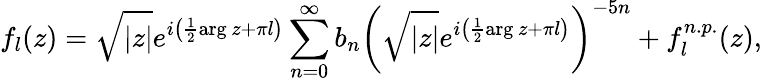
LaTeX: f_{l}(z)=\sqrt{|z|}e^{i\left({\frac{1}{2}}\mathrm{arg}\, z+\pi l\right)}\sum_{n=0}^{\infty}b_{n}\left(\sqrt{|z|}e^{i\left({\frac{1}{2}}\mathrm{arg}\, z+\pi l\right)}\right)^{-5n}+f_{l}^{n.p.}(z),